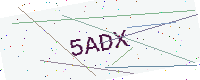
Text: 5ADX